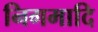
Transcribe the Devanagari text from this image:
निगमादि